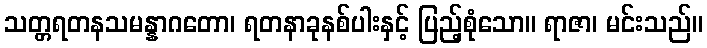
သတ္တရတနသမန္နာဂတော၊ ရတနာခုနစ်ပါးနှင့် ပြည့်စုံသော။ ရာဇာ၊ မင်းသည်။